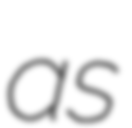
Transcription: as